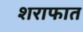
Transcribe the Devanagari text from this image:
शराफात